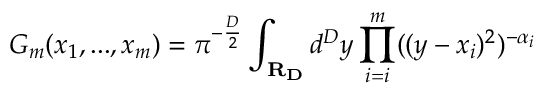
G _ { m } ( x _ { 1 } , . . . , x _ { m } ) = \pi ^ { - \frac { D } { 2 } } \int _ { \bf { R } _ { D } } d ^ { D } y \prod _ { i = i } ^ { m } ( ( y - x _ { i } ) ^ { 2 } ) ^ { - \alpha _ { i } }